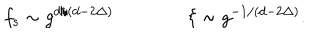
f _ { \mathrm { s } } \sim g ^ { d / ( d - 2 \Delta ) } \qquad \qquad \xi \sim g ^ { - 1 / ( d - 2 \Delta ) } .